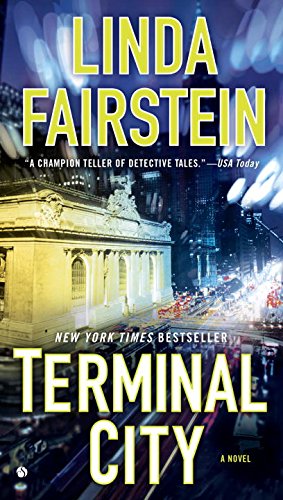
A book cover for Terminal City; Linda Fairstein; Mystery, Thriller & Suspense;